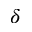
\delta